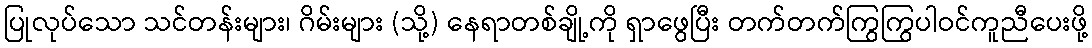
ပြုလုပ်သော သင်တန်းများ၊ ဂိမ်းများ (သို့) နေရာတစ်ချို့ကို ရှာဖွေပြီး တက်တက်ကြွကြွပါဝင်ကူညီပေးဖို့